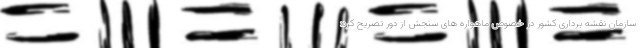
سازمان نقشه برداری کشور در خصوص ماهواره های سنجش از دور تصریح کرد: